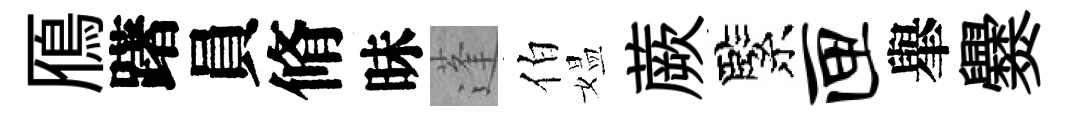
鴈躇員脩昧蓬伯媪蕨緊匣𦦙爨